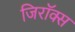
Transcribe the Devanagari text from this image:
जिरॉक्स